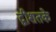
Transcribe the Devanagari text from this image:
द्वीशतके